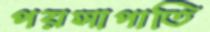
পয়সাপাতি